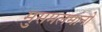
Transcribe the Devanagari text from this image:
मुसमलमानों